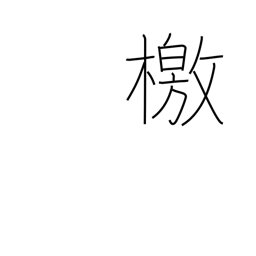
Meaning: manifesto